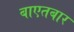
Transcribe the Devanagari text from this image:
बाएतबार